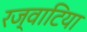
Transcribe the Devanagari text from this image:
रज्वाटिया